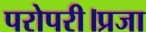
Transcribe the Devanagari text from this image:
परोपरी।प्रजा